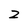
Character: 2